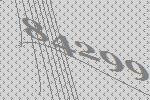
84299